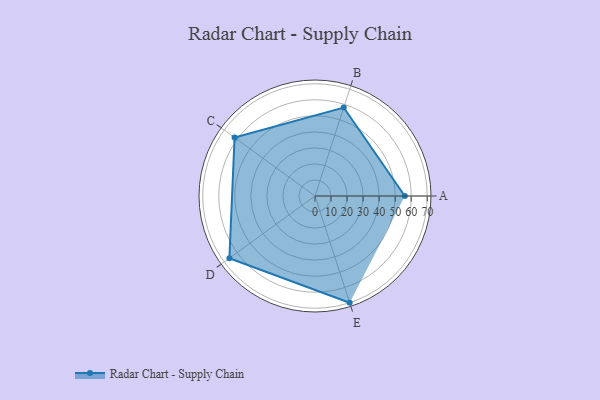
{"axis": {"x": "Skill", "y": "Score"}, "legend": ["Profile"], "data": [{"x": "A", "y": 56.0, "type": "Profile"}, {"x": "B", "y": 58.0, "type": "Profile"}, {"x": "C", "y": 62.0, "type": "Profile"}, {"x": "D", "y": 66.0, "type": "Profile"}, {"x": "E", "y": 70.0, "type": "Profile"}]}